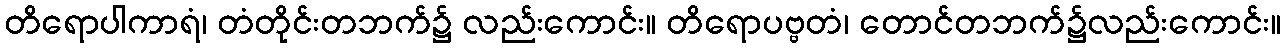
တိရောပါကာရံ၊ တံတိုင်းတဘက်၌ လည်းကောင်း။ တိရောပဗ္ဗတံ၊ တောင်တဘက်၌လည်းကောင်း။